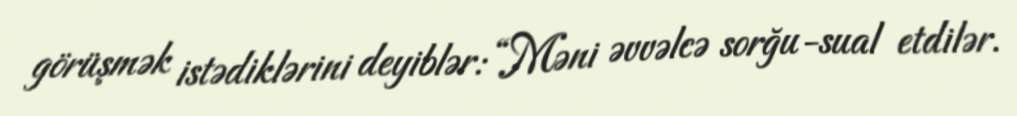
görüşmək istədiklərini deyiblər: “Məni əvvəlcə sorğu-sual etdilər.